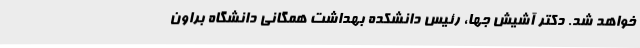
خواهد شد. دکتر آشیش جها، رئیس دانشکده بهداشت همگانی دانشگاه براون